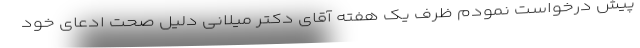
پیش درخواست نمودم ظرف یک هفته آقای دکتر میلانی دلیل صحت ادعای خود